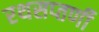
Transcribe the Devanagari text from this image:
रथसप्‍तर्णी